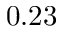
0 . 2 3